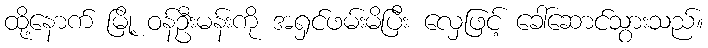
ထို့နောက် မြို့ ဝန်ဦးမန်းကို အရှင်ဖမ်းမိပြီး လှေဖြင့် ခေါ်ဆောင်သွားသည်။